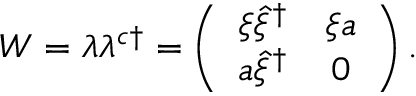
W = \lambda \lambda ^ { c \dag } = \left( \begin{array} { c c } { { \xi \hat { \xi } ^ { \dag } } } & { { \xi a } } \\ { { a \hat { \xi } ^ { \dag } } } & { { 0 } } \end{array} \right) .